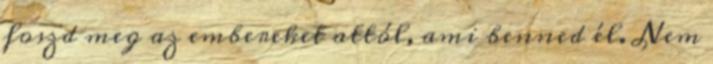
foszd meg az embereket attól, ami benned él. Nem